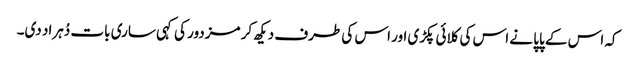
کہ اس کے پاپا نے اس کی کلائی پکڑی اور اس کی طرف دیکھ کر مزدور کی کہی ساری بات دُہراد دی۔